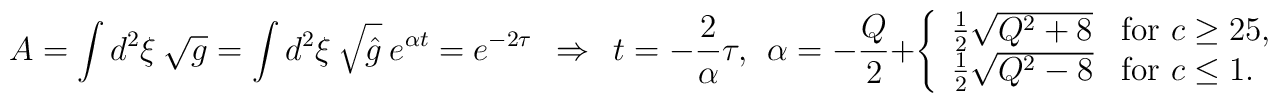
A=\int d^2\xi\ {\sqrt g}=\int d^2\xi\ {\sqrt{\hat g}}\ e^{\alpha t}  =e^{-2\tau}\ \ \Rightarrow\ \ t=-{2\over \alpha}\tau, \ \ \alpha = -{Q\over2} + \left\{ \begin{array}{ll} {1\over2}{\sqrt{Q^2+8}} &\mbox{for\ $c\ge25$,}\\ {1\over2}{\sqrt{Q^2-8}} &\mbox{for\ $c\le1$.}\end{array}\right.